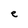
Character: e